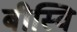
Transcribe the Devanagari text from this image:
बीस्वि